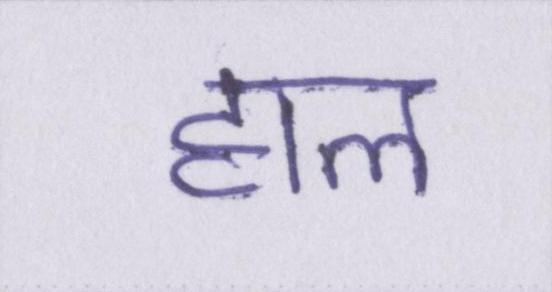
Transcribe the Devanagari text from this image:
हाल